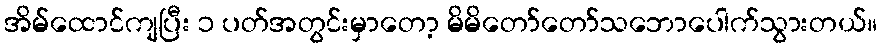
အိမ်ထောင်ကျပြီး ၁ ပတ်အတွင်းမှာတော့ မိမိတော်တော်သဘောပေါက်သွားတယ်။